Lunatic asylums in Bengal annual reports 1912-1924 - 1912-1924
Year: 1912
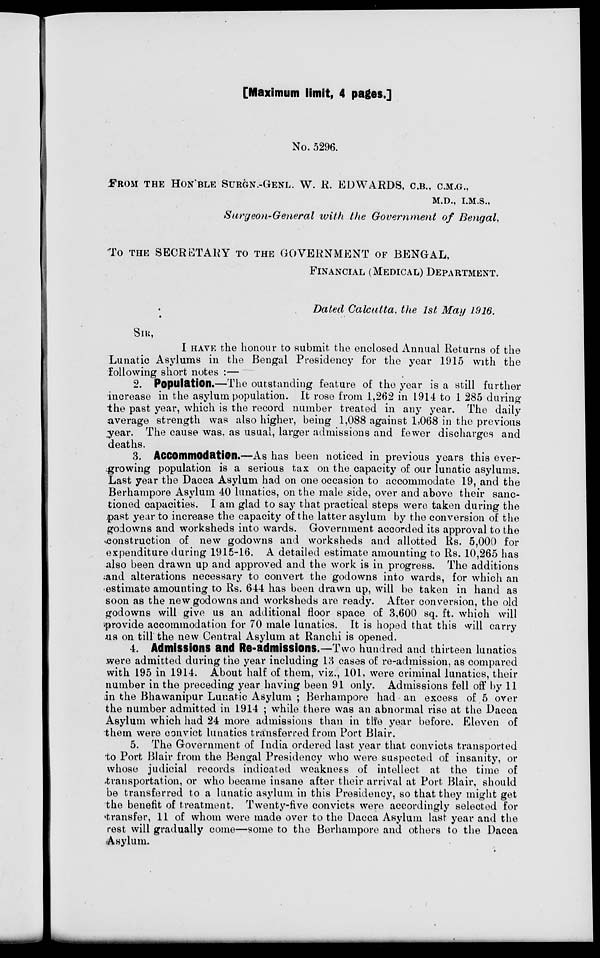
[Maximum limit, 4 pages.]
No. 5296.
FROM THE HON'BLE SURGN.-GENL. W. R. EDWARDS, C.B., C.M.G.,
M.D., I.M.S.,
Surgeon-General with the Government of Bengal,
To THE SECRETARY TO THE GOVERNMENT OF BENGAL,
FINANCIAL (MEDICAL) DEPARTMENT.
Dated Calcutta, the 1st May 1916.
SIR,
I HAVE the honour to submit the enclosed Annual Returns of the
Lunatic Asylums in the Bengal Presidency for the year 1915 with the
following short notes :—
2. Population.—The outstanding feature of the year is a still further
increase in the asylum population. It rose from 1,262 in 1914 to 1 285 during
the past year, which is the record number treated in any year. The daily
average strength was also higher, being 1,088 against 1,068 in the previous
year. The cause was, as usual, larger admissions and fewer discharges and
deaths.
3. Accommodation.—As has been noticed in previous years this ever-
growing population is a serious tax on the capacity of our lunatic asylums.
Last year the Dacca Asylum had on one occasion to accommodate 19, and the
Berhampore Asylum 40 lunatics, on the male side, over and above their sanc-
tioned capacities. I am glad to say that practical steps were taken during the
past year to increase the capacity of the latter asylum by the conversion of the
godowns and worksheds into wards. Government accorded its approval to the
construction of new godowns and worksheds and allotted Rs. 5,000 for
expenditure during 1915-16. A detailed estimate amounting to Rs. 10,265 has
also been drawn up and approved and the work is in progress. The additions
and alterations necessary to convert the godowns into wards, for which an
estimate amounting to Rs. 644 has been drawn up, will be taken in hand as
soon as the new godowns and worksheds are ready. After conversion, the old
godowns will give us an additional floor space of 3,600 sq. ft. which will
provide accommodation for 70 male lunatics. It is hoped that this will carry
us on till the new Central Asylum at Ranchi is opened.
4. Admissions and Re-admissions.—Two hundred and thirteen lunatics
were admitted during the year including 13 cases of re-admission, as compared
with 195 in 1914. About half of them, viz., 101, were criminal lunatics, their
number in the preceding year having been 91 only. Admissions fell off by 11
in the Bhawanipur Lunatic Asylum ; Berhampore had an excess of 5 over
the number admitted in 1914 ; while there was an abnormal rise at the Dacca
Asylum which had 24 more admissions than in the year before. Eleven of
them were convict lunatics transferred from Port Blair.
5. The Government of India ordered last year that convicts transported
to Port Blair from the Bengal Presidency who were suspected of insanity, or
whose judicial records indicated weakness of intellect at the time of
transportation, or who became insane after their arrival at Port Blair, should
be transferred to a lunatic asylum in this Presidency, so that they might get
the benefit of treatment. Twenty-five convicts were accordingly selected for
transfer, 11 of whom were made over to the Dacca Asylum last year and the
rest will gradually come—some to the Berhampore and others to the Dacca
Asylum.